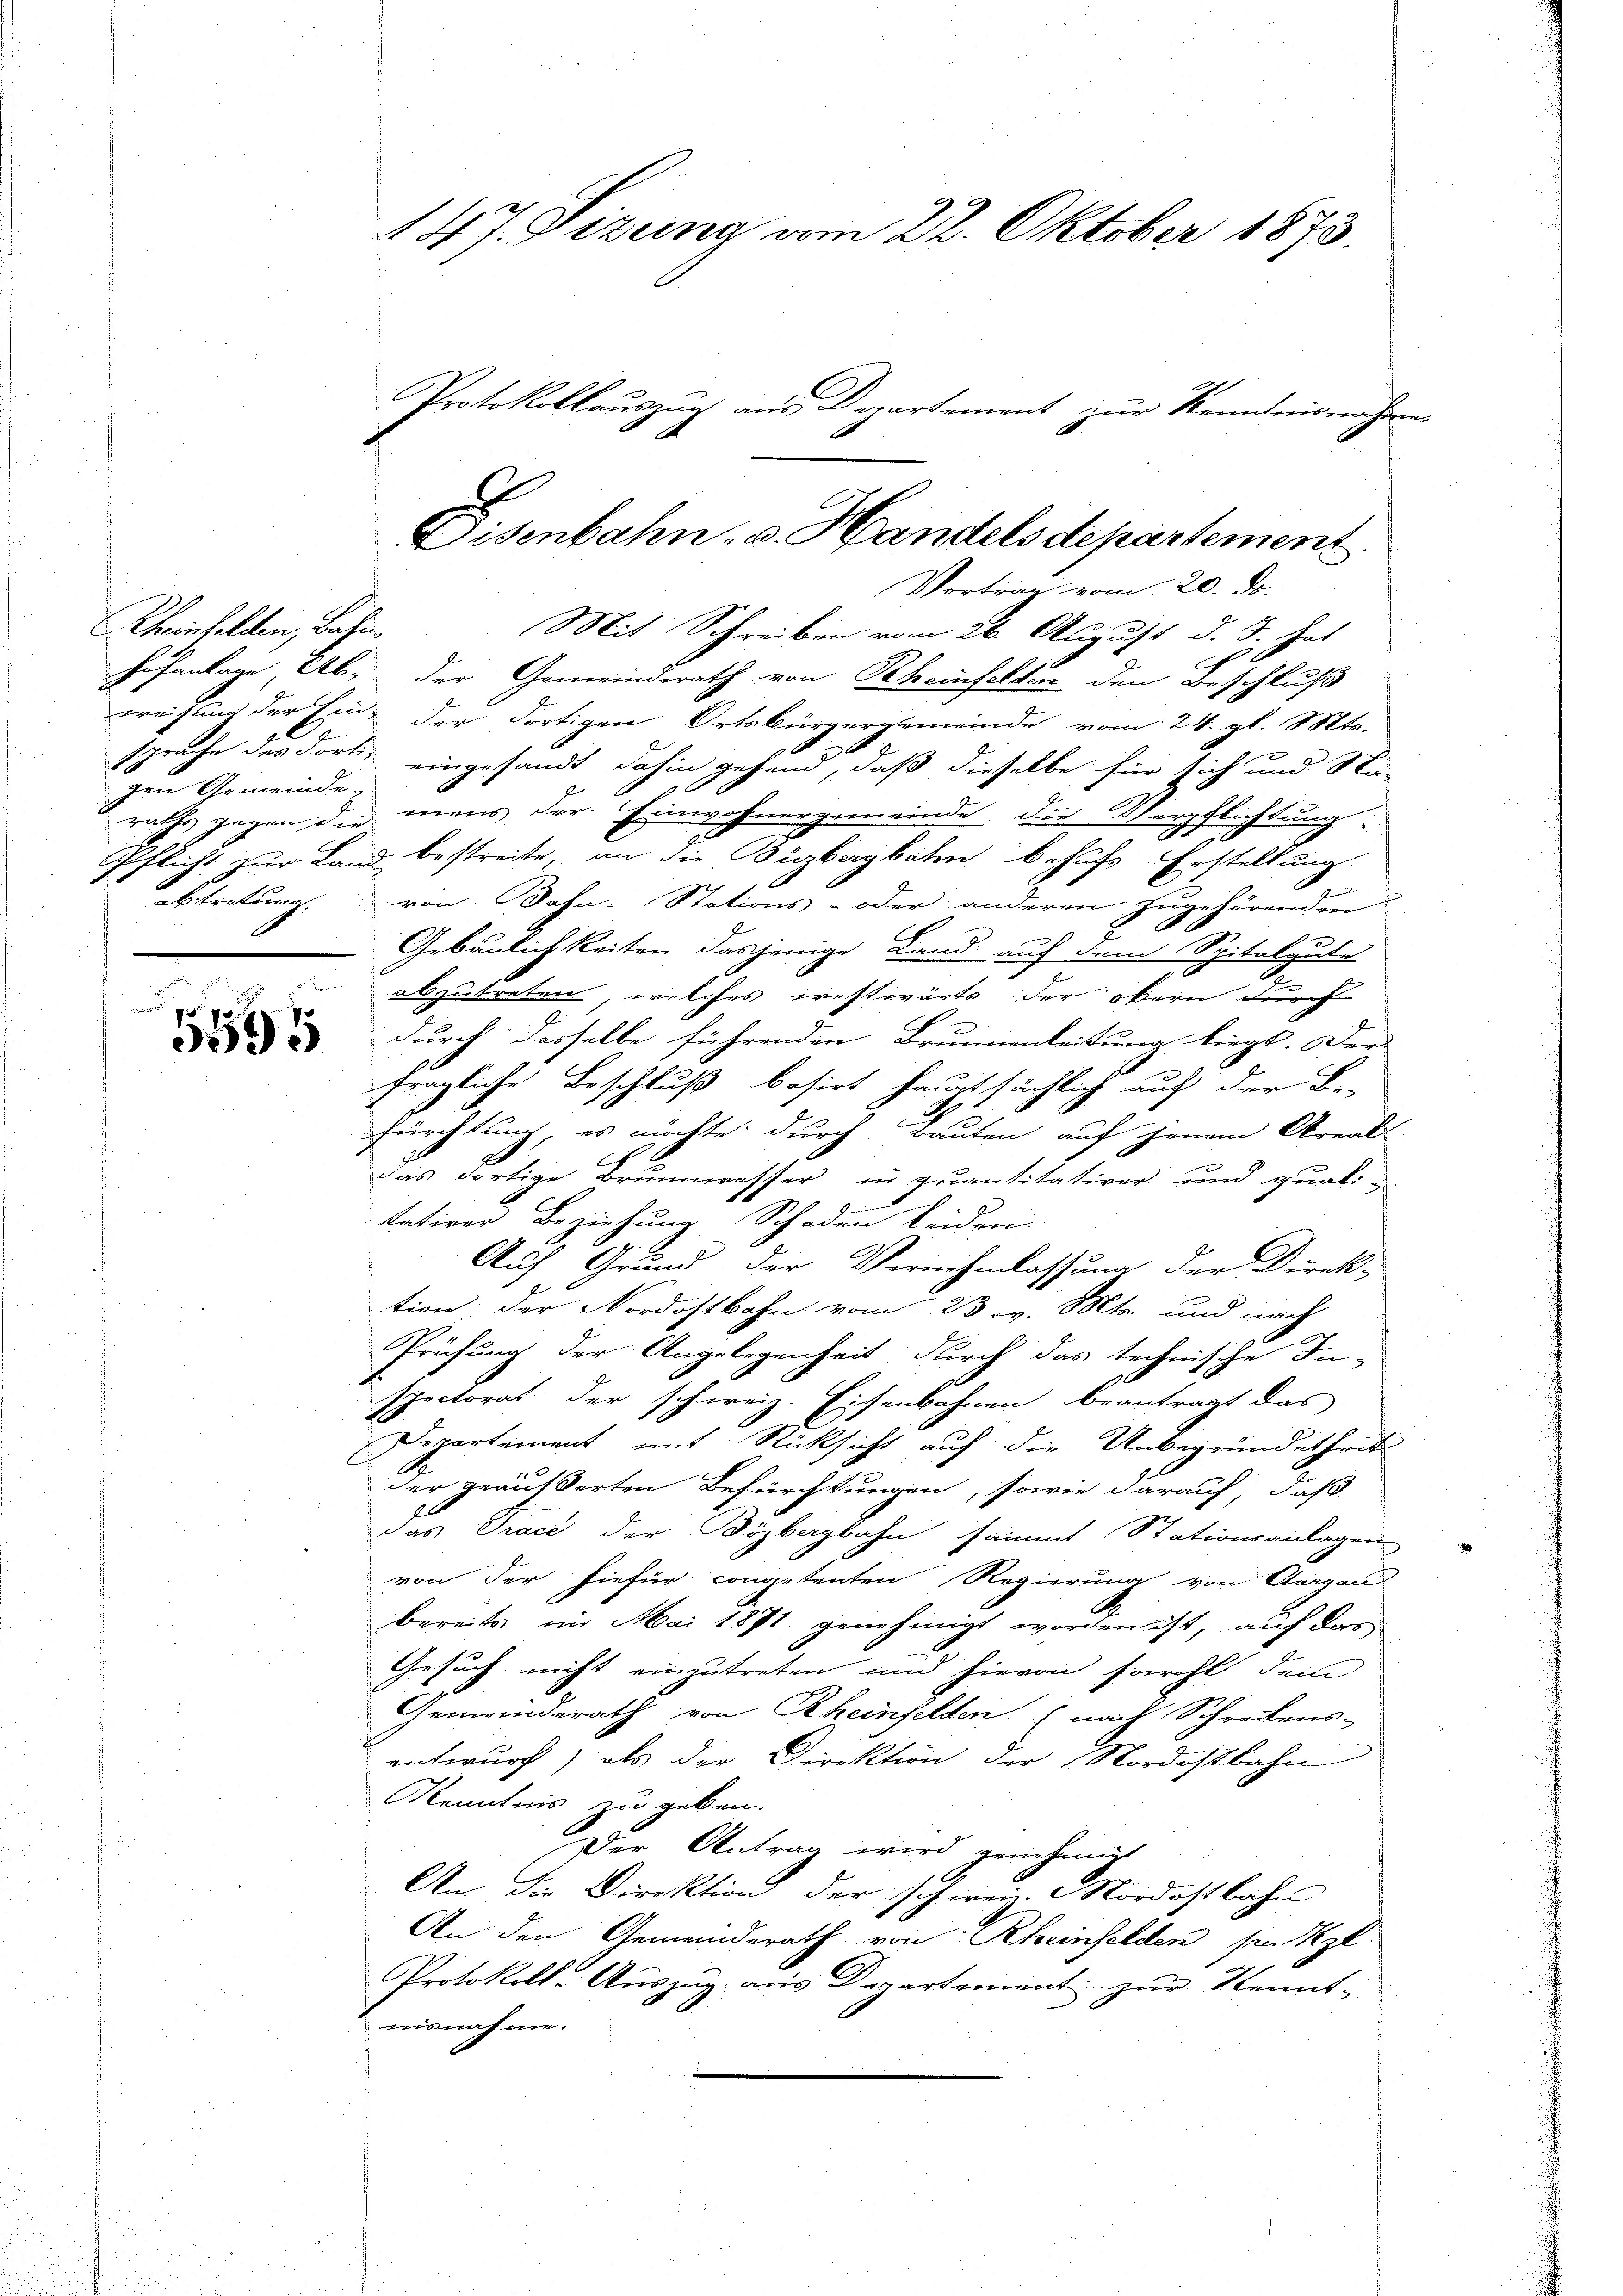
5191

Rheinfelden, Bahn.
zen Gemeinde-
abtretung.

147. Sizuina vom 22. Oktober 1873.
Protokollauszug aus Departement zur Kenntnisnahme

Mit Schreiben vom 26. August d. J. hat
hofanlage, Ab; der Gemeinderath von Scheinfelden den Beschluß
weisung der Ein der Fortigen Ortsbürgergemeinde vom 24. gl. Mts.
sprache des dort, eingesandt dahin gehend, daß dieselbe für sich und Sta-
wuhr gegen die mens der Einwohnergemeinde die Verpflichtung
Pflicht zur Land bestreite, an die Bibergbahn behufs Erstellung
.
von Bahn-Stations- oder anderen zugehörenden
7
 xx
Gebäulichkeiten dasjenige Land auf dem Spitalgute
abzutreten, welches westwärts der obern durch
durch dasselbe führenden Brunnenleitung liegt. Der
fragliche Beschluß basirt hauptsächlich auf der Be-
fürchtung, es möchte, durch Bauten auf jenem Areal-
das dortige Brunnwasser in quantitativer und quali-
tativer Beziehung Schaden beiden.
Auf Grund der Vernehmlassung der Direk-
tion der Nordostbahn vom 23. v. Mts. und nach
Prüfung der Angelegenheit durch das technische In-
spectorat der schweiz. Eisenbahnen beantragt das
Departement mit Rücksicht auf die Unbegründetheit
der geäusserten Befürchtungen, sowie darauf, daß
das Trace der Bözbergbahn sammt Stationsanlagen
von der hiefür competenten Regierung von Aargau
bereits im Mai 1871 genehmigt worden ist, auf das
Gesuch nicht einzutreten und hievon sowohl dem
Gemeinderath von Rheinfelden (nach Schreibens-
entwurf) als der Direktion der Nordostbahn
Kenntnis zu geben.
Der Antrag wird genehmigt
An die Direktion der schwein Nordostbahn
An den Gemeinderath von Rheinfelden sie gl
Protokoll-Auszug aus Departement zur Kennt-
nisnahme.

Disenbahn v. Handels departement
Vortrag vom 20. ds.